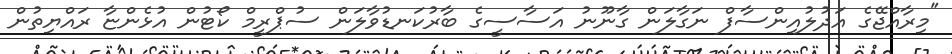
"މިރާއްޖޭގެ އަދުލުއިންސާފް ނަގާލަން ގާނޫނު އަސާސީގެ ބާރުކަނޑުވާލަން ސުޕްރީމް ކޯޓުން އުޅެންޏާ ރައްޔިތުން